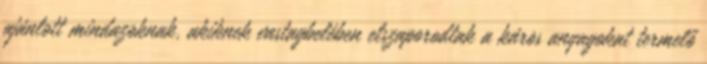
ajánlott mindazoknak, akiknek vastagbelében elszaporodtak a káros anyagokat termelő